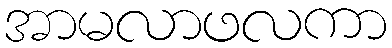
အာမလာဖလကာ